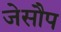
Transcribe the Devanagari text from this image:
जेसौप